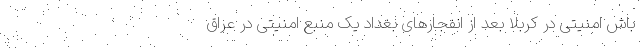
باش امنیتی در کربلا بعد از انفجارهای بغداد یک منبع امنیتی در عراق